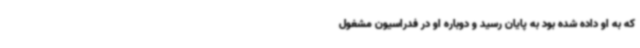
که به او داده شده بود به پایان رسید و دوباره او در فدراسیون مشغول